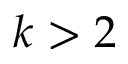
k > 2